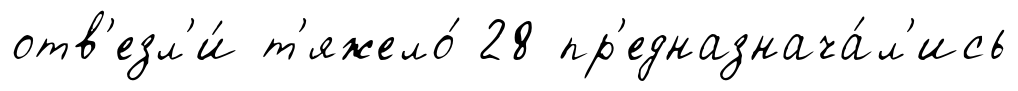
отв'езл'и́ т'яжело́ 28 пр'едназнача́л'ись